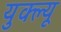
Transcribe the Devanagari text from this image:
युक्ल्यू